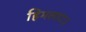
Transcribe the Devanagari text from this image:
हिमलाट३